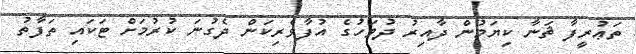
ތަޢުރީފާ ޘަނާ ކިޔަމުން ދާއިރު ދުވަހުގެ އުފާވެރިކަން ދެގުނަ ކުރުމަށް ޓަކައި ތަފާތު